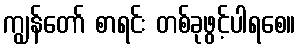
ကျွန်တော် စာရင်း တစ်ခုဖွင့်ပါရစေ။